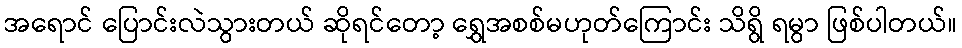
အရောင် ပြောင်းလဲသွားတယ် ဆိုရင်တော့ ရွှေအစစ်မဟုတ်ကြောင်း သိရွိ ရမွာ ဖြစ်ပါတယ်။